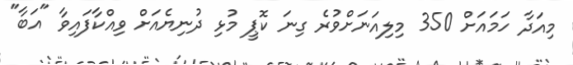
މިއަދާ ހަމައަށް 350 މިލިއަނަށްވުރެ ގިނަ ކޮޕީ މުޅި ދުނިޔެއަށް ވިއްކާފައިވާ "އަބާ"